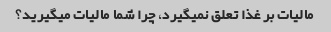
مالیات بر غذا تعلق نمیگیرد، چرا شما مالیات میگیرید؟